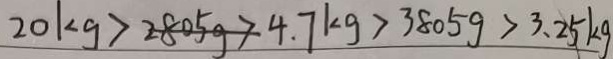
2 0 k g > 2 8 0 5 g > 4 . 7 k g > 3 8 0 5 g > 3 . 2 5 k g